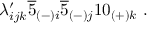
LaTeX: \lambda _ { i j k } ^ { \prime } \overline { { { 5 } } } _ { ( - ) i } \overline { { { 5 } } } _ { ( - ) j } 1 0 _ { ( + ) k } \ .